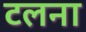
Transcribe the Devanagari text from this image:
टलना